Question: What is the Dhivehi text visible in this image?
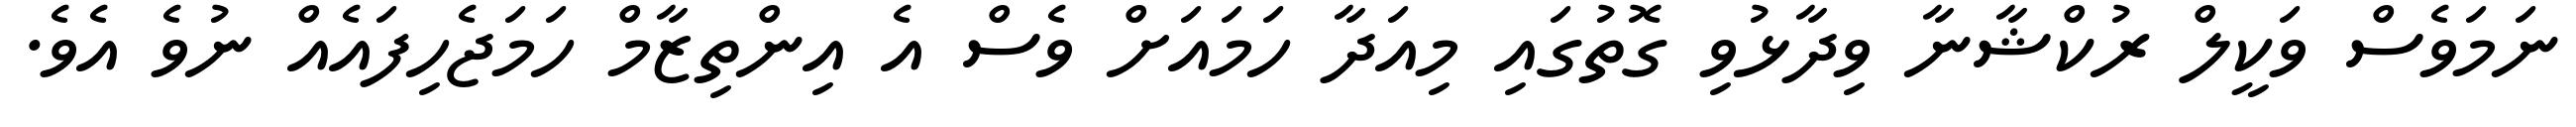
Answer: ނަމަވެސް ވަކީލް ރުކްޝާނާ ވިދާޅުވި ގޮތުގައި މިއަދާ ހަމައަށް ވެސް އެ އިންތިޒާމް ހަމަޖެހިފައެއް ނުވެ އެވެ.